Civil Veterinary Department Bihar reports 1936-40 - 1936-1940
Year: 1936
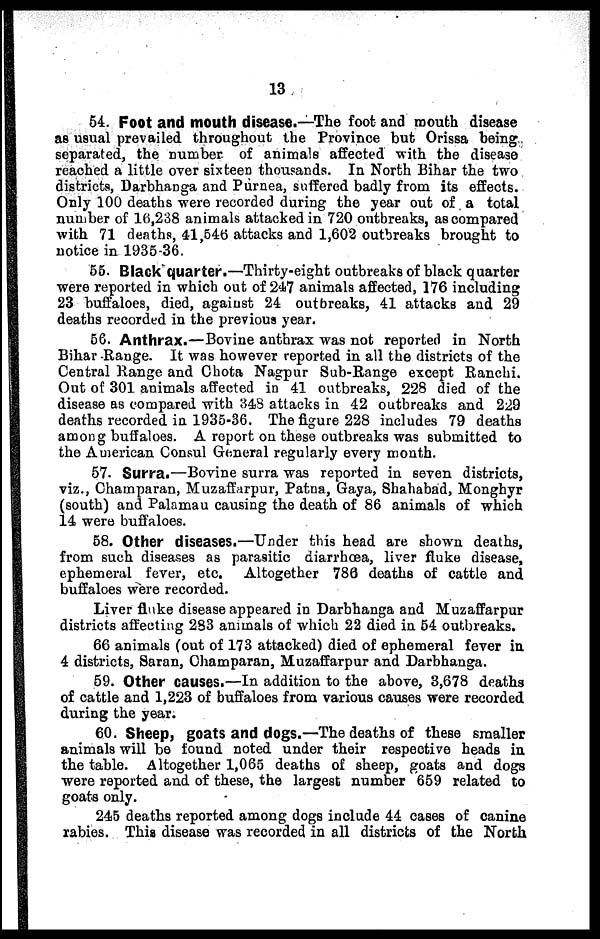
13
54. Foot and mouth disease.—The foot and mouth disease
as usual prevailed throughout the Province but Orissa being
separated, the number of animals affected with the disease
reached a little over sixteen thousands. In North Bihar the two
districts, Darbhanga and Purnea, suffered badly from its effects.
Only 100 deaths were recorded during the year out of a total
number of 16,238 animals attacked in 720 outbreaks, as compared
with 71 deaths, 41,546 attacks and 1,602 outbreaks brought to
notice in 1935-36.
56. Black quarter.—Thirty-eight outbreaks of black quarter
were reported in which out of 247 animals affected, 176 including
23 buffaloes, died, against 24 outbreaks, 41 attacks and 29
deaths recorded in the previous year.
56. Anthrax.—Bovine anthrax was not reported in North
Bihar Range. It was however reported in all the districts of the
Central Range and Chota Nagpur Sub-Range except Ranchi.
Out of 301 animals affected in 41 outbreaks, 228 died of the
disease as compared with 348 attacks in 42 outbreaks and 229
deaths recorded in 1935-36. The figure 228 includes 79 deaths
among buffaloes. A report on these outbreaks was submitted to
the American Consul General regularly every month.
57. Surra.—Bovine surra was reported in seven districts,
viz., Champaran, Muzaffarpur, Patna, Gaya, Shahabad, Monghyr
(south) and Palamau causing the death of 86 animals of which
14 were buffaloes.
58. Other diseases.—Under this head are shown deaths,
from such diseases as parasitic diarrhœa, liver fluke disease,
ephemeral fever, etc. Altogether 786 deaths of cattle and
buffaloes were recorded.
Liver fluke disease appeared in Darbhanga and Muzaffarpur
districts affecting 283 animals of which 22 died in 54 outbreaks.
66 animals (out of 173 attacked) died of ephemeral fever in
4 districts, Saran, Champaran, Muzaffarpur and Darbhanga.
59. Other causes.—In addition to the above, 3,678 deaths
of cattle and 1,223 of buffaloes from various causes were recorded
during the year.
60. Sheep, goats and dogs.—The deaths of these smaller
animals will be found noted under their respective heads in
the table. Altogether 1,065 deaths of sheep, goats and dogs
were reported and of these, the largest number 659 related to
goats only.
245 deaths reported among dogs include 44 cases of canine
rabies. This disease was recorded in all districts of the North